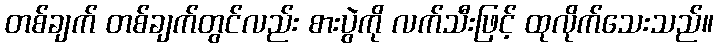
တစ်ချက် တစ်ချက်တွင်လည်း စားပွဲကို လက်သီးဖြင့် ထုလိုက်သေးသည်။